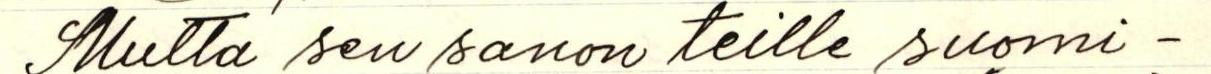
Mutta sen sanon teille suomi-